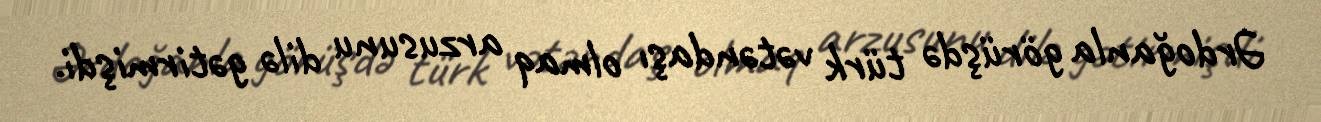
Ərdoğanla görüşdə türk vətəndaşı olmaq arzusunu dilə gətirmişdi.